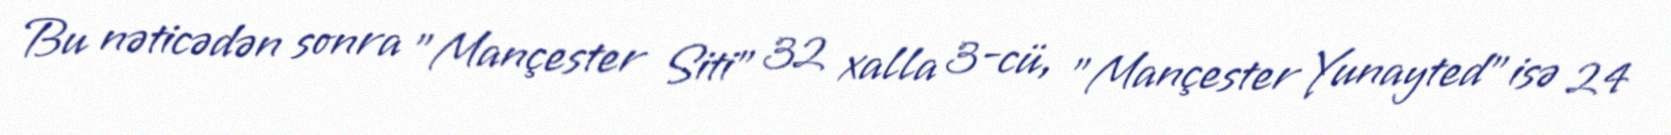
Bu nəticədən sonra "Mançester Siti" 32 xalla 3-cü, "Mançester Yunayted" isə 24